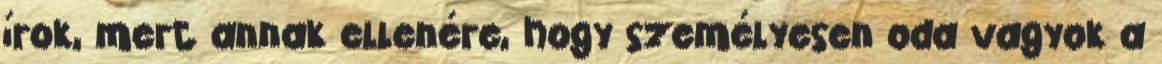
írok, mert annak ellenére, hogy személyesen oda vagyok a